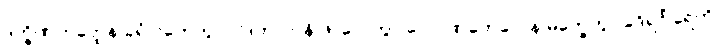
ဒက္ခိဏဟတ္ထေန ခုရံ ဂဟေတွာ ပါဒတလာနိ ဖာလေတွာ လောဏတေလေန မက္ခေတွာ ခဒိရင်္ဂါရေဟိ